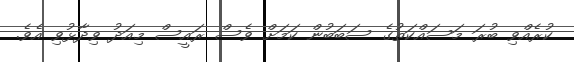
ކުރެއްވި ބުރަ މަސައްކަތުގެ ސަބަބުން ކަމަށް ވެސް ރައީސް މިއަދު ވިދާޅުވި އެވެ.